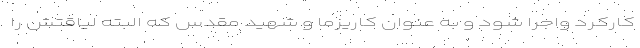
کارکرد واجرا شود و به عنوان کاریزما و شهید مقدس که البته لیاقتش را